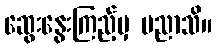
ဆွေးနွေးကြည့်မှ ပညာသိ။